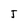
Character: J